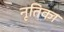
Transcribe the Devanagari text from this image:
नृतिका